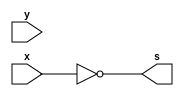
/*
 Guia_0402e.v - v0.0. - 27 / 08 / 2022
 Autor    : Gabriel Vargas Bento de Souza
 Matricula: 778023
 */

/* 
 TRUTH TABLE
 (y'+x')' . (y+x')  == x.y
*/

/**
 expression: x'
 */
module fxy1 (output s,
            input  x, y);
   assign s = ~x;
endmodule // fxy1

/**
 expression: y'
 */
module fxy2 (output s,
            input  x, y);
   assign s = ~y;
endmodule // fxy2

/**
 expression: x'+y'
 */
module fxy3 (output s,
            input  x, y);
   assign s = ~x | ~y;
endmodule // fxy3

/**
 expression: (x'+y')'
 */
module fxy4 (output s,
            input  x, y);
   assign s = ~(~x | ~y);
endmodule // fxy4

/**
 expression: y+x'
 */
module fxy5 (output s,
            input  x, y);
   assign s = y | ~x;
endmodule // fxy5

/**
 expression: (y'+x')'.(y+x')
 */
module fxy6 (output s,
            input  x, y);
   assign s = ~(~y | ~x) & (y | ~x);
endmodule // fxy6

/**
 expression: x.y
 */
module fxy7 (output s,
            input  x, y);
   assign s = x & y;
endmodule // fxy7

/**
  Guia_0402e.v
 */
module Guia_0402e;
   reg  x, y, z;
   wire s1, s2, s3, s4, s5, s6, s7;
   
   // instancias
   fxy1 FXY1 (s1, x, y);
   fxy2 FXY2 (s2, x, y);
   fxy3 FXY3 (s3, x, y);
   fxy4 FXY4 (s4, x, y);
   fxy5 FXY5 (s5, x, y);
   fxy6 FXY6 (s6, x, y);
   fxy7 FXY7 (s7, x, y);
   
   // valores iniciais
   initial begin: start
      x=1'bx; y=1'bx; // indefinidos
   end

   // parte principal
   initial begin: main
      // identificacao
       $display("Gabriel Vargas Bento de Souza - 778023");
       $display("Test boolean expression");
       $display("\n02.d) (x.y)' + (x+y)' == (x.y)'\n");

       // monitoramento
       $display(" x  y  x' y'  x'+y'  (x'+y')'  y+x'  (y'+x')'.(y+x')  =  x.y ");
       $monitor("%2b %2b %2b %2b %5b %7b %7b %12b %12b", x, y, s1, s2, s3, s4, s5, s6, s7);

       // sinalizacao
       #1 x=0; y=0;
       #1 x=0; y=1;
       #1 x=1; y=0;
       #1 x=1; y=1;
   end
endmodule // Guia_0402e